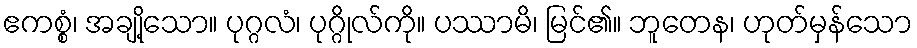
ဧကစ္စံ၊ အချို့သော။ ပုဂ္ဂလံ၊ ပုဂ္ဂိုလ်ကို။ ပဿာမိ၊ မြင်၏။ ဘူတေန၊ ဟုတ်မှန်သော